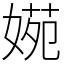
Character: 𡟃